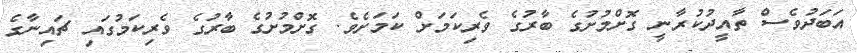
އަބަދުވެސް ތާއީދުކުރާނީ ގޮށްމުށުގެ ބާރުގެ ވެރިކަމަށް ކަމަށެވެ. ގޮށްމުށުގެ ބާރުގެ ވެރިކަމުގައި ޗައިނާގެ